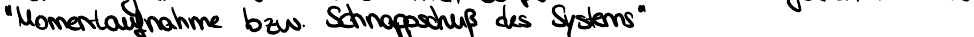
Momentaufnahme bzw. Schnappschuß des Systems